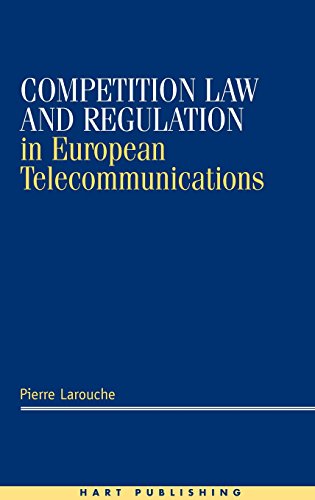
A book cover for Competition Law and Regulation in European Telecommunications; Pierre Larouche; Law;